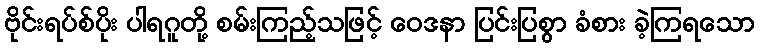
ဗိုင်းရပ်စ်ပိုး ပါရဂူတို့ စမ်းကြည့်သဖြင့် ဝေဒနာ ပြင်းပြစွာ ခံစား ခဲ့ကြရသော